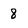
Character: 8